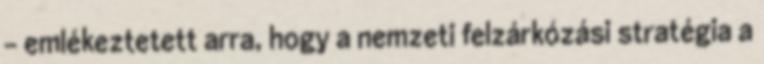
- emlékeztetett arra, hogy a nemzeti felzárkózási stratégia a